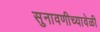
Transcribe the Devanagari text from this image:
सुनावणीच्यावेळी